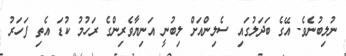
ނުލިބުނެވެ. އޭގެ ބަދަލުގައި ސެލިންއަށް ލިބުނީ އަނިޔާވެރިންގެ ރަހުމު ކުޑަ އެތި ފަހަރު